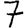
Digit: 7